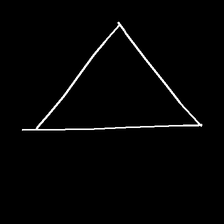
Glyph: convergence